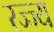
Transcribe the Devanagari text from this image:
रज्ज्य